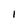
Character: l